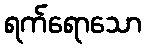
ရက်ရောသော